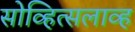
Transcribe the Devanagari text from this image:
सोव्हित्सलाव्ह